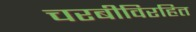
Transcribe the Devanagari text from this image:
चरबीविरहित